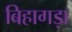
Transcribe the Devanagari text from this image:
बिहागड़ा